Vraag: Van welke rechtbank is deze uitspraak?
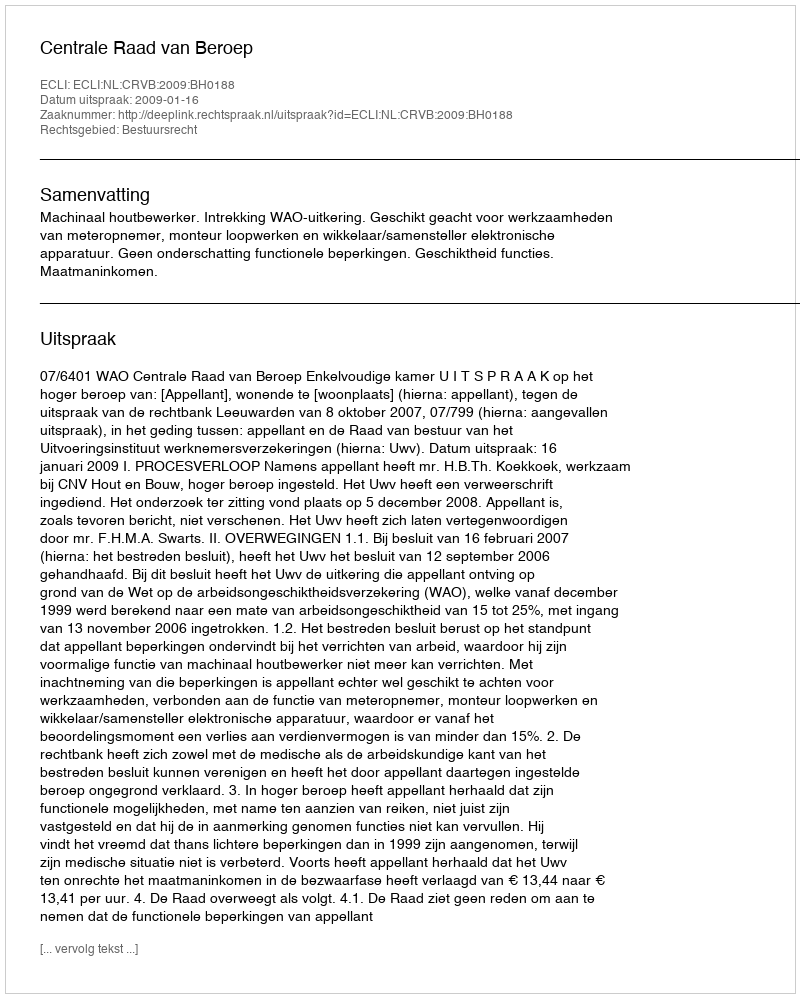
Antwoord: Centrale Raad van Beroep